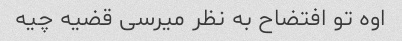
اوه تو افتضاح به نظر میرسی قضیه چیه